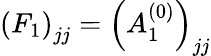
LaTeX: \left(F_{1}\right)_{jj}=\left(A_{1}^{(0)}\right)_{jj}